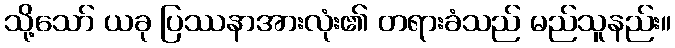
သို့သော် ယခု ပြဿနာအားလုံး၏ တရားခံသည် မည်သူနည်း။